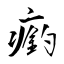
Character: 瘹